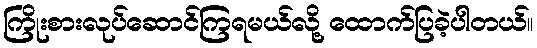
ကြိုးစားလုပ်ဆောင်ကြရမယ်လို့ ထောက်ပြခဲ့ပါတယ်။